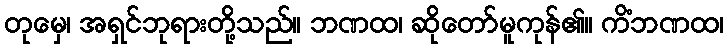
တုမှေ၊ အရှင်ဘုရားတို့သည်။ ဘဏထ၊ ဆိုတော်မူကုန်၏။ ကိံဘဏထ၊